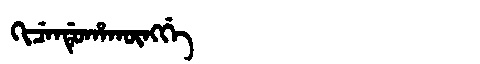
Manchu: ᡴᡳᠴᡝᠨᡩᡠᡥᠠᡴᡡᠩᡤᡝ
Romanization: KICENDUHAKŪNGGE